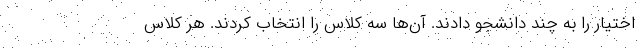
اختیار را به چند دانشجو دادند. آن‌ها سه کلاس را انتخاب کردند. هر کلاس